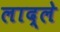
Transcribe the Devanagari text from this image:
लाद्ले